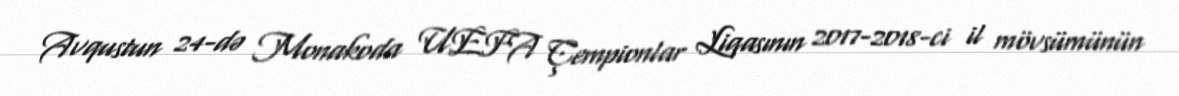
Avqustun 24-də Monakoda UEFA Çempionlar Liqasının 2017-2018-ci il mövsümünün